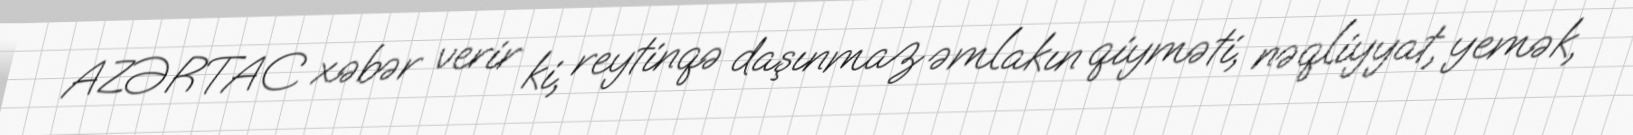
AZƏRTAC xəbər verir ki, reytinqə daşınmaz əmlakın qiyməti, nəqliyyat, yemək,